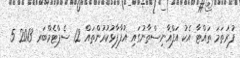
ފުރަތަމަ ތައްޓާ އެކު އަފްޣާނިސްތާނުގައި އުފާފާޅުކުރުންތައް 12 ސެޕްޓެމްބަރ 2013 5